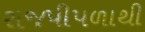
રાજપીપળાથી